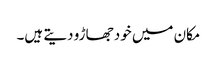
مکان میں خود جھاڑو دیتے ہیں۔